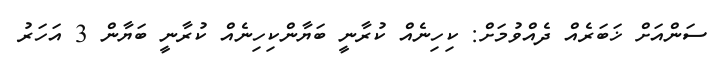
ސަންއަށް ޚަބަރެއް ދެއްވުމަށް: ކިހިނެއް ކުރާނީ ބަޔާންކިހިނެއް ކުރާނީ ބަޔާން 3 އަހަރު